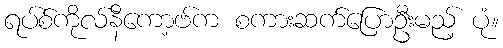
ရပ်စ်ကိုလ်နီကော့ဗ်က စကားဆက်ပြောဦးမည့် ပုံ။